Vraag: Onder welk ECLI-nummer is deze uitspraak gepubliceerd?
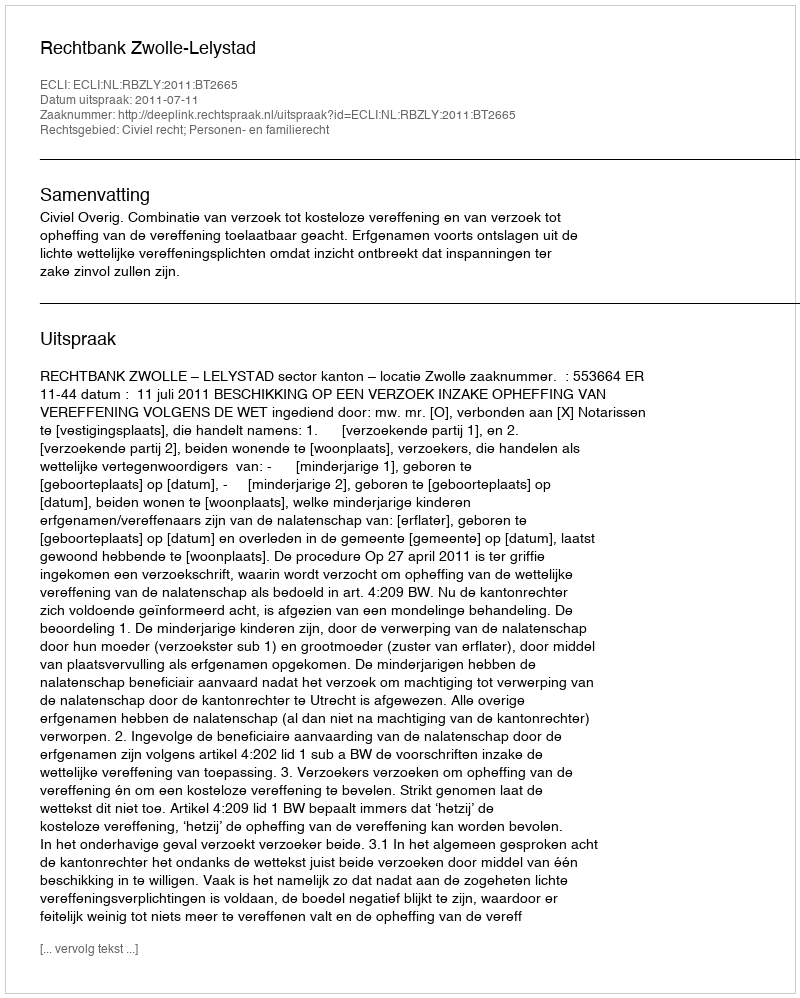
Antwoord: ECLI:NL:RBZLY:2011:BT2665